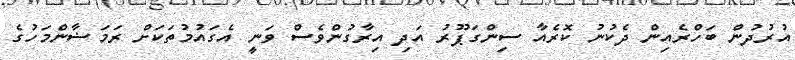
އުރުދުން ބަހްރެއިން ދެކުނު ކޮރެއާ ސިންގަޕޫރު އަދި އިރާގުންވެސް ވަނީ އެގައުމުތަކަށް ރަމަޟާންމަހުގެ